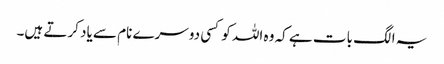
یہ الگ بات ہے کہ وہ اللہ کو کسی دوسرے نام سے یاد کرتے ہیں۔